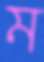
ম